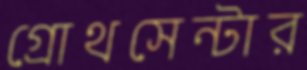
গ্রোথসেন্টার